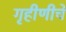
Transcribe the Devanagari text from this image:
गृहीणीचे